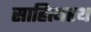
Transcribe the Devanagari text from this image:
साहित्यरथ